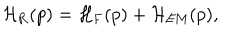
LaTeX: { \cal H } _ { \mathrm { R } } ( p ) = { \cal H } _ { \mathrm { F } } ( p ) + { \cal H } _ { \mathrm { E M } } ( p ) ,